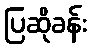
ပြဆိုခန်း